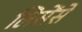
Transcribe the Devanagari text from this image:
लिसेंसे